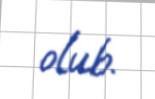
olub.